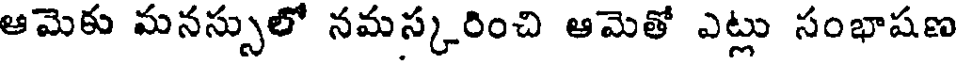
ఆమెకు మనస్సులో నమస్కరించి ఆమెతో ఎట్లు సంభాషణ